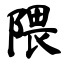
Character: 隈